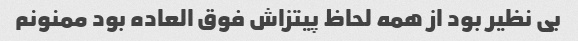
بی نظیر بود از همه لحاظ پیتزاش فوق العاده بود ممنونم